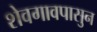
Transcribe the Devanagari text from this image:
शेवगावपासुन